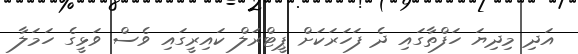
އަދި މިދިޔަ ހަފްތާގައި ދެ ފަހަރަކަށް ޕީޓްރަލް ކައިރީގައި ވެސް ވަޅީގެ ހަމަލާ